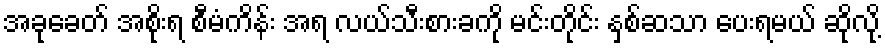
အခုခေတ် အစိုးရ စီမံကိန်း အရ လယ်သီးစားခကို မင်းတိုင်း နှစ်ဆသာ ပေးရမယ် ဆိုလို့